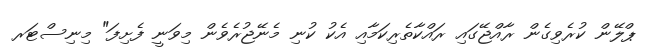
ޕްލޭން ކުރެވިގެން ރާއްޖޭގައި ރައްކާތެރިކަމާއި އެކު ކުނި މެނޭޖުރެވެން މިވަނީ ފެށިފަ" މިނިސްޓަރ